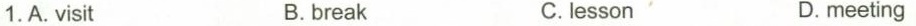
1.A. Visit B.break C. lesson D.meeting